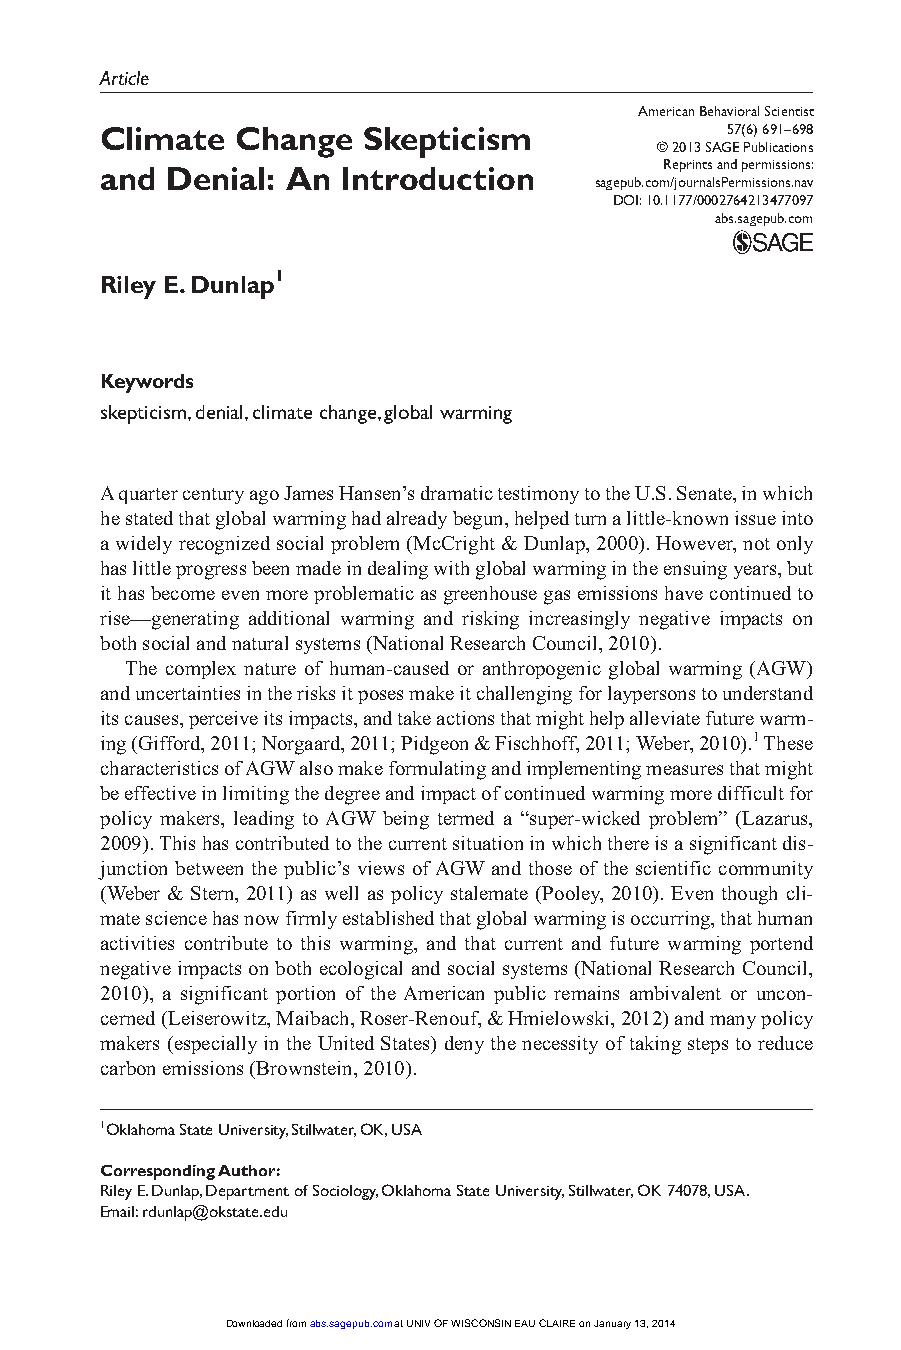
A7BS47709
 ©Rsae g2pe0rpi1nu1tb sS. caAonmGdA E/pjB oe PSrumu5 rnb7ials6isl1csia0oPt.nei1o:r1 mnh7sti7tsp/ s0:i/0 o/w0 n2 sw.7 nw6 a4.v213477097American Behavioral ScientistDunlap
 Article
 American Behavioral Scientist
 Climate  Change  Skepticism              57(6) 691 –698
 © 2013 SAGE Publications
 and Denial: An  Introduction         Reprints and permissions:
 sagepub.com/journalsPermissions.nav
 DOI: 10.1177/0002764213477097
 abs.sagepub.com
 Riley E. Dunlap1
 Keywords
 skepticism, denial, climate change, global warming
 A quarter century ago James Hansen’s dramatic testimony to the U.S. Senate, in which
 he stated that global warming had already begun, helped turn a little-known issue into
 a widely recognized social problem (McCright & Dunlap, 2000). However, not only
 has little progress been made in dealing with global warming in the ensuing years, but
 it has become even more problematic as greenhouse gas emissions have continued to
 rise—generating additional warming and risking increasingly negative impacts on
 both social and natural systems (National Research Council, 2010).
 The complex nature of human-caused or anthropogenic global warming (AGW)
 and uncertainties in the risks it poses make it challenging for laypersons to understand
 its causes, perceive its impacts, and take actions that might help alleviate future warm-
 ing (Gifford, 2011; Norgaard, 2011; Pidgeon & Fischhoff, 2011; Weber, 2010).1 These
 characteristics of AGW also make formulating and implementing measures that might
 be effective in limiting the degree and impact of continued warming more difficult for
 policy makers, leading to AGW being termed a “super-wicked problem” (Lazarus,
 2009). This has contributed to the current situation in which there is a significant dis-
 junction between the public’s views of AGW and those of the scientific community
 (Weber & Stern, 2011) as well as policy stalemate (Pooley, 2010). Even though cli-
 mate science has now firmly established that global warming is occurring, that human
 activities contribute to this warming, and that current and future warming portend
 negative impacts on both ecological and social systems (National Research Council,
 2010), a significant portion of the American public remains ambivalent or uncon-
 cerned (Leiserowitz, Maibach, Roser-Renouf, & Hmielowski, 2012) and many policy
 makers (especially in the United States) deny the necessity of taking steps to reduce
 carbon emissions (Brownstein, 2010).
 1Oklahoma State University, Stillwater, OK, USA
 Corresponding Author:
 Riley E. Dunlap, Department of Sociology, Oklahoma State University, Stillwater, OK 74078, USA.
 Email: rdunlap@okstate.edu
 Downloaded from abs.sagepub.com at UNIV OF WISCONSIN EAU CLAIRE on January 13, 2014